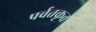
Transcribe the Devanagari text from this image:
पर्वतकृत